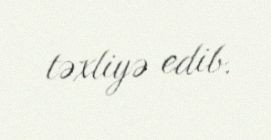
təxliyə edib.